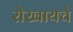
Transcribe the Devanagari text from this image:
रोखायचे